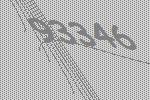
93346